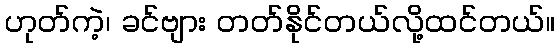
ဟုတ်ကဲ့၊ ခင်ဗျား တတ်နိုင်တယ်လို့ထင်တယ်။